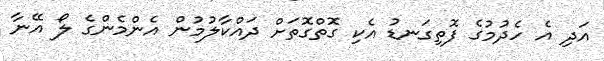
އަދި އެ ހެދުމުގެ ފޮތިގަނޑު އެކި ގޮތްގޮތަށް ދައްކާލުމުން އެންމެންގެ ލޯ އޭނާ